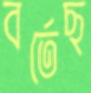
বর্তেছ